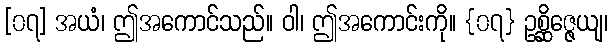
[၀၇] အယံ၊ ဤအကောင်သည်။ ဝါ၊ ဤအကောင်းကို။ {၀၇} ဥစ္ဆိဇ္ဇေယျ၊